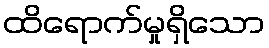
ထိရောက်မှုရှိသော